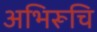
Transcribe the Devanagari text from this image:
अभिरूचि